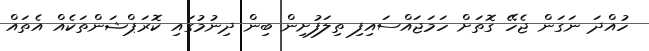
ހުއްދަ ނަގަން ޖެހޭ ގޮތަށް ހަމަޖައްސައިފި ތިލަފުށިން ބިން ދިނުމުގައި ކޮރަޕްޝަންތަކެއް އެތައް